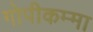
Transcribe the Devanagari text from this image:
गोपीकम्मा